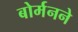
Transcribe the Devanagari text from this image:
बोर्मनने